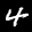
Label: 4